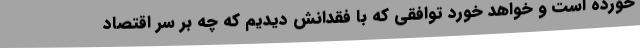
خورده است و خواهد خورد توافقی که با فقدانش دیدیم که چه بر سر اقتصاد